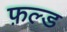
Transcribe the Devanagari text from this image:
फ़ल्ड